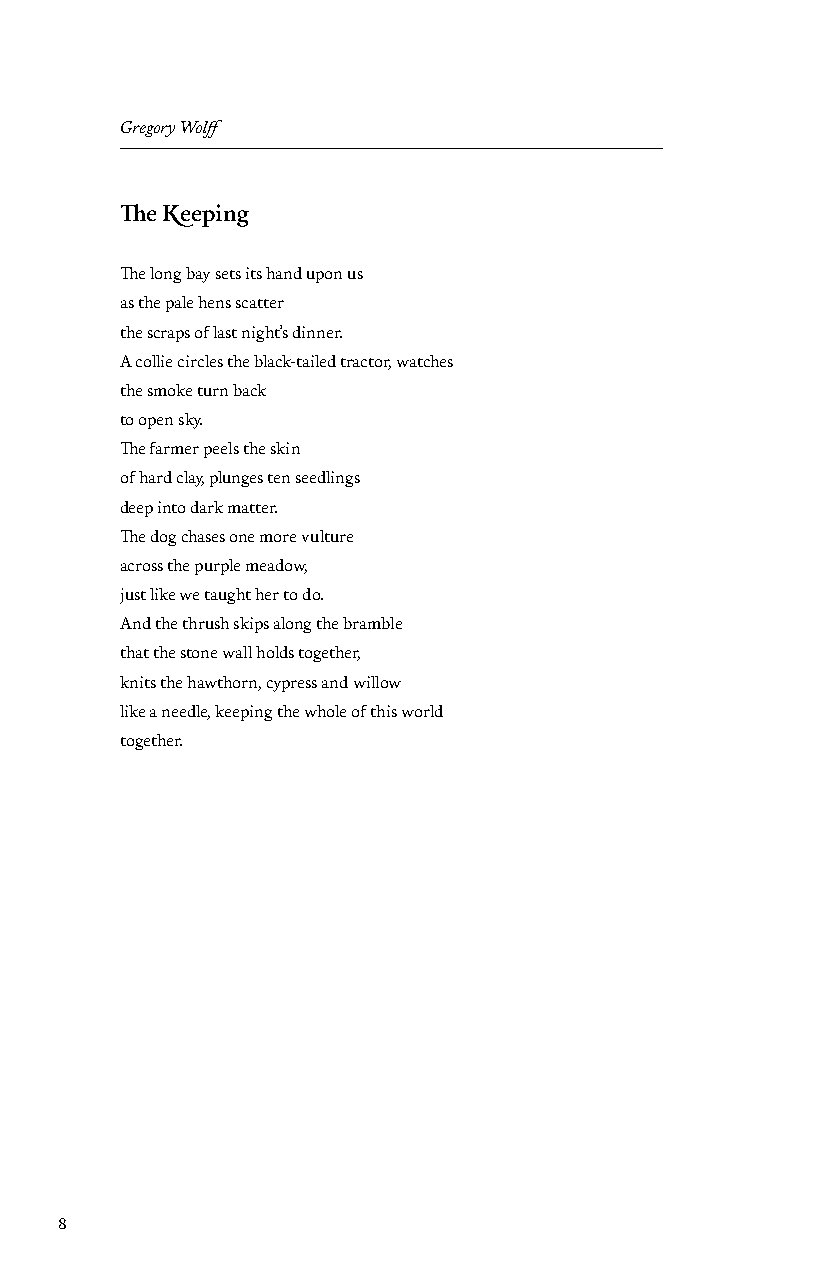
Gregory Wolff
 The Keeping
 The long bay sets its hand upon us
 as the pale hens scatter
 the scraps of last night’s dinner.
 A collie circles the black-tailed tractor, watches
 the smoke turn back
 to open sky.
 The farmer peels the skin
 of hard clay, plunges ten seedlings
 deep into dark matter.
 The dog chases one more vulture
 across the purple meadow,
 just like we taught her to do.
 And the thrush skips along the bramble
 that the stone wall holds together,
 knits the hawthorn, cypress and willow
 like a needle, keeping the whole of this world
 together.
 8